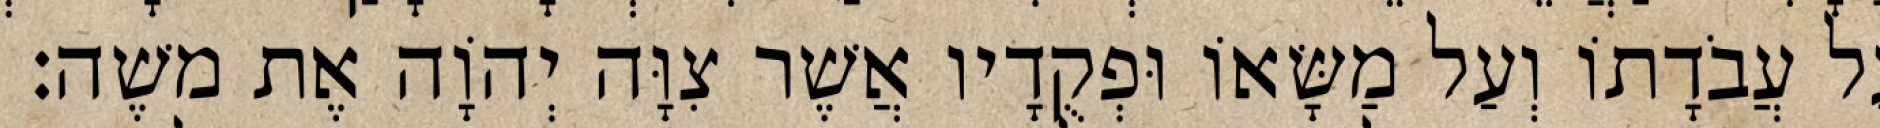
עַל עֲבֹדָתוֹ וְעַל מַשָּׂאוֹ וּפְקֻדָיו אֲשֶׁר צִוָּה יְהוָֹה אֶת משֶׁה׃